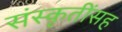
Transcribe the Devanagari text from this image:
संस्कृतींसह